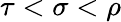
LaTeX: \tau<\sigma<\rho